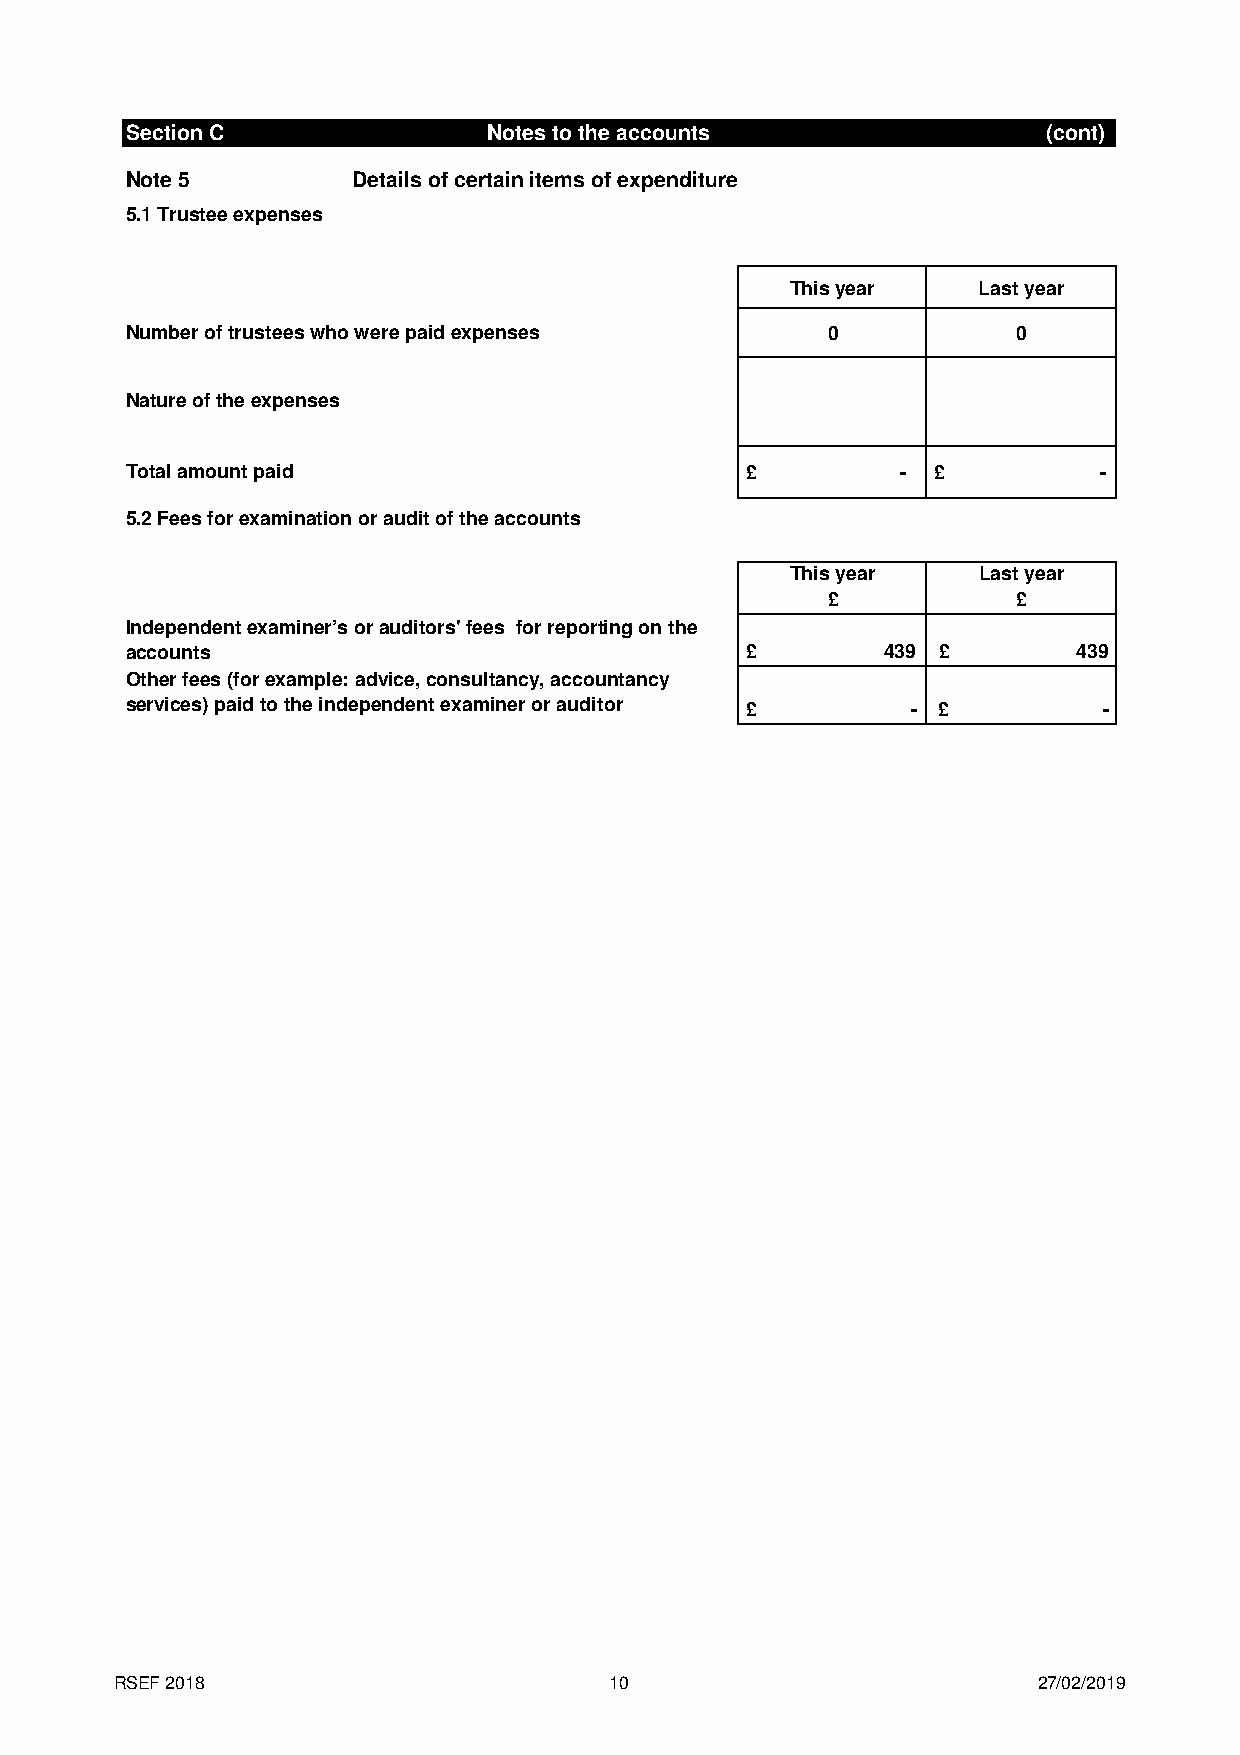
Section C               Notes to the accounts                (cont)
 Note 5         Details of certain items of expenditure
 5.1 Trustee expenses
 This year    Last year
 Number of trustees who were paid expenses      0           0
 Nature of the expenses
 Total amount paid                        £          - £          -
 5.2 Fees for examination or audit of the accounts
 This year    Last year
 £           £
 Independent examiner’s or auditors' fees for reporting on the
 accounts                                 £         439 £       439
 Other fees (for example: advice, consultancy, accountancy
 services) paid to the independent examiner or auditor £ - £      -
 RSEF 2018                       10                           27/02/2019